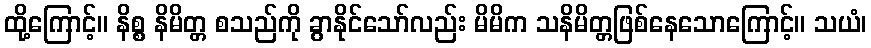
ထို့ကြောင့်။ နိစ္စ နိမိတ္တ စသည်ကို ခွာနိုင်သော်လည်း မိမိက သနိမိတ္တဖြစ်နေသောကြောင့်။ သယံ၊